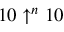
1 0 \uparrow ^ { n } 1 0